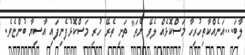
ލާބަ...އަނެއްކާތިހުރިހާ މަސްކޮޅެއް ލެވޭ ނެތަ" ތަށި ތެރޭ ހުރި މަސްކޮޅުފެނިފައި އާސިޔާ ބުންޏެވެ.